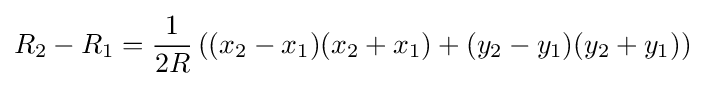
R_{2}-R_{1}={\frac {1}{2R}}\left((x_{2}-x_{1})(x_{2}+x_{1})+(y_{2}-y_{1})(y_{2}+y_{1})\right)